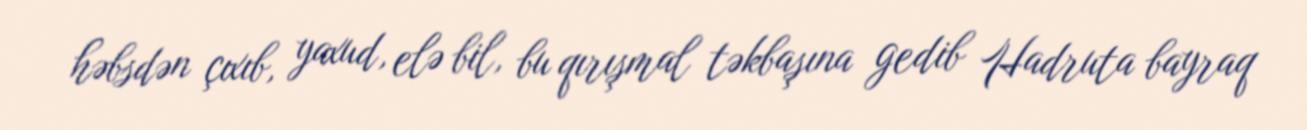
həbsdən çıxıb, yaxud, elə bil, bu qırışmal təkbaşına gedib Hadruta bayraq